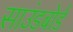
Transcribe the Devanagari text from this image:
साउंडबोर्ड